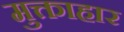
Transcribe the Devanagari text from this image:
मुक्ताहार